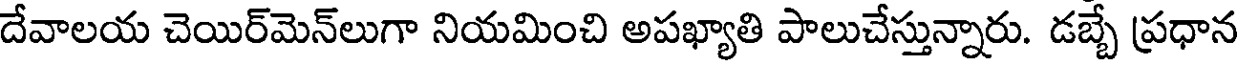
దేవాలయ చెయిర్మెన్లుగా నియమించి అపఖ్యాతి పాలుచేస్తున్నారు. డబ్బే ప్రధాన